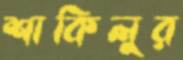
শাকিলুর